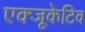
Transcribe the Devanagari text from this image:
एक्‍जूकेटिव